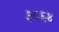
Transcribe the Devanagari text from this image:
३५६४